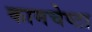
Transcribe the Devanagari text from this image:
कामचेष्टा